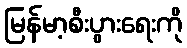
မြန်မာ့စီးပွားရေးကို